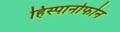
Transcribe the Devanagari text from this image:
हिस्पानोफोन